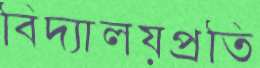
বিদ্যালয়প্রতি